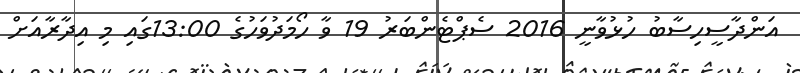
އަންދާސީހިސާބު ހުޅުވާނީ 2016 ސެޕްޓެންބަރު 19 ވާ ހޯމަދުވަހުގެ 13:00ގައި މި އިދާރާއަށް